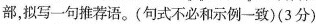
部，拟写一句推荐语。(句式不必和示例一致)(3分)